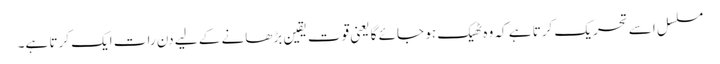
مسلسل اسے تحریک کرتا ہے کہ وہ ٹھیک ہو جائے گا یعنی قوتِ یقین بڑھانے کے لیے دن رات ایک کرتا ہے۔